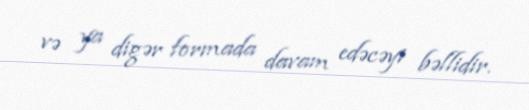
və ya digər formada davam edəcəyi bəllidir.